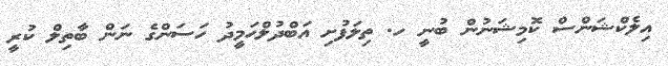
އިލެކްޝަންސް ކޮމިޝަނުން ބުނީ ހ. ތިލަފުށި އަބްދުލްހަމީދު ހަސަންގެ ނަން ބާތިލް ކުރީ